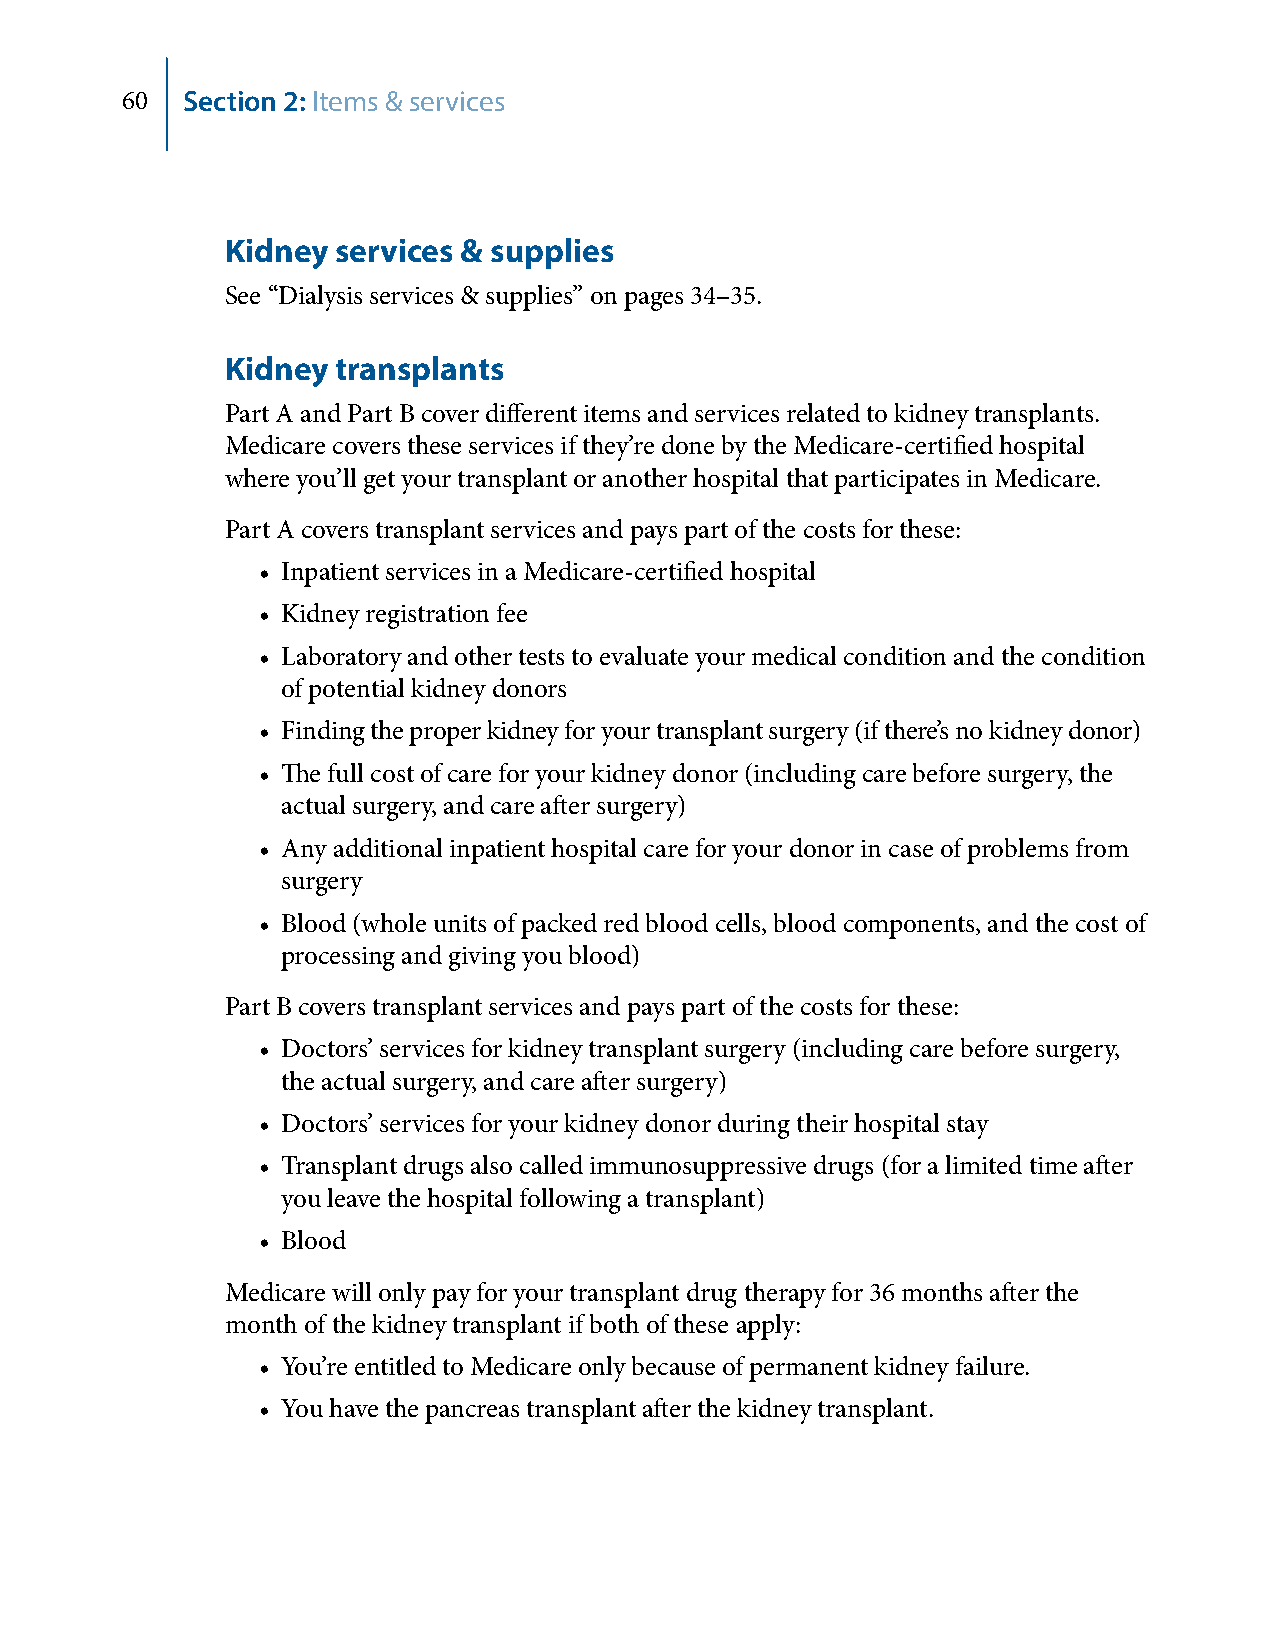
60  Section 2: Items & services
 Kidney services & supplies
 See “Dialysis services & supplies” on pages 34–35.
 Kidney transplants
 Part A and Part B cover different items and services related to kidney transplants.
 Medicare covers these services if they’re done by the Medicare-certified hospital
 where you’ll get your transplant or another hospital that participates in Medicare.
 Part A covers transplant services and pays part of the costs for these:
 • Inpatient services in a Medicare-certified hospital
 • Kidney registration fee
 • Laboratory and other tests to evaluate your medical condition and the condition
 of potential kidney donors
 • Finding the proper kidney for your transplant surgery (if there’s no kidney donor)
 • The full cost of care for your kidney donor (including care before surgery, the
 actual surgery, and care after surgery)
 • Any additional inpatient hospital care for your donor in case of problems from
 surgery
 • Blood (whole units of packed red blood cells, blood components, and the cost of
 processing and giving you blood)
 Part B covers transplant services and pays part of the costs for these:
 • Doctors’ services for kidney transplant surgery (including care before surgery,
 the actual surgery, and care after surgery)
 • Doctors’ services for your kidney donor during their hospital stay
 • Transplant drugs also called immunosuppressive drugs (for a limited time after
 you leave the hospital following a transplant)
 • Blood
 Medicare will only pay for your transplant drug therapy for 36 months after the
 month of the kidney transplant if both of these apply:
 • You’re entitled to Medicare only because of permanent kidney failure.
 • You have the pancreas transplant after the kidney transplant.